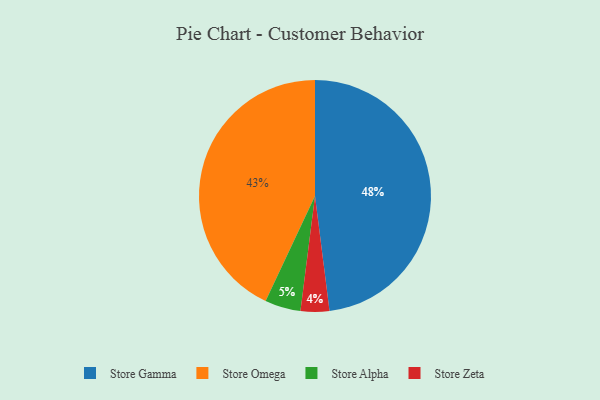
{"axis": {"x": "Category", "y": "Percentage"}, "legend": ["Store Alpha", "Store Gamma", "Store Omega", "Store Zeta"], "data": [{"x": "Store Zeta", "y": 4, "type": "Store Zeta"}, {"x": "Store Gamma", "y": 48, "type": "Store Gamma"}, {"x": "Store Omega", "y": 43, "type": "Store Omega"}, {"x": "Store Alpha", "y": 5, "type": "Store Alpha"}]}